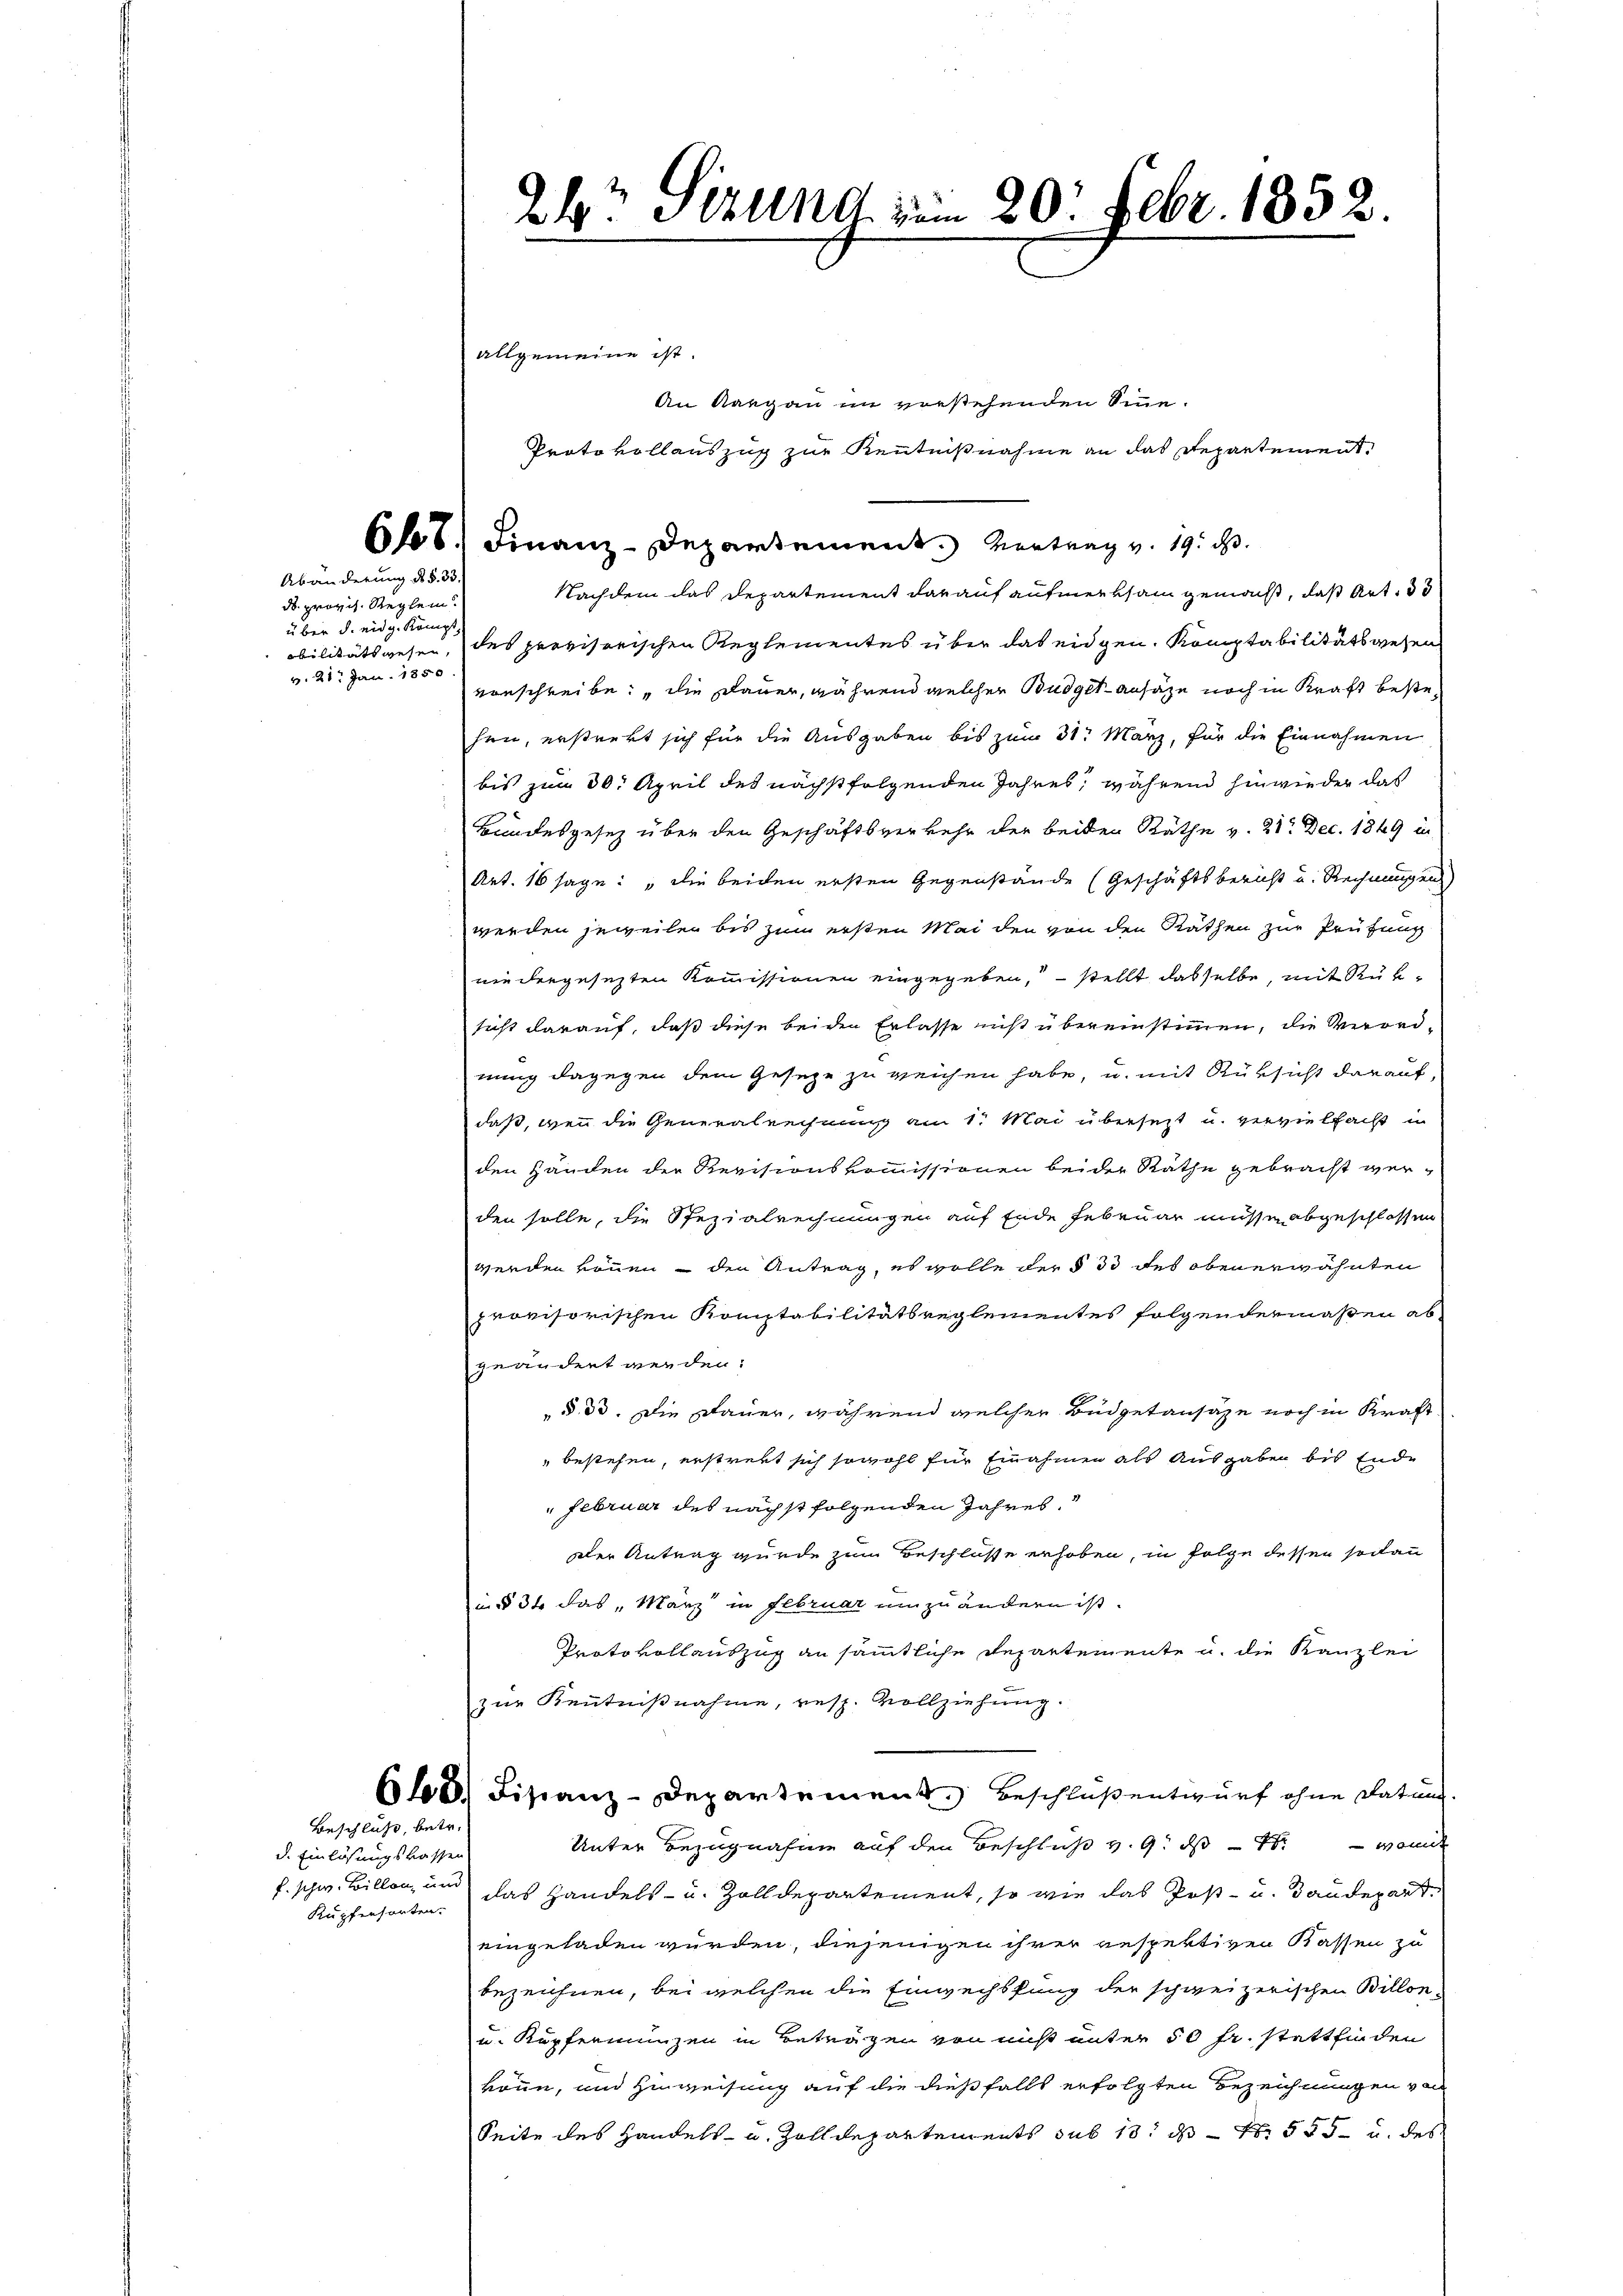
Dr. provis. Reglem
über d. eidg. Königl.
v. 21. Jan. 1850.

Abänderung des §. 33.

Beschluß, betr.

d. Einlösungskassen
f. schw. Billon, und
Kupfersanten.

2? Sizung vom 20. Febr. 1832.

allgemeine ist.
66.) Finanz-Departement. Vertrag v. 19. d.
Nachdem das Departement darauf aufmerksam gemacht, daß Art. 33
obilitätswesen, des provisorischen Reglementes über das eidgen. Komptabilitätswesen
vorschreibe; die Dauer, während welcher Budgetansaze noch in Kraft bestehen, erstrekt sich für die Ausgaben bis zum 31. März, für die Einnahmen
bis zum 30. April des nächstfolgenden Jahres, während hinwieder das
Bundesgesez über den Geschäftsverkehr der beiden Räthe v. 21. Dec. 1849 in
Art. 16 sage: „die beiden ersten Gegenstände (Geschäftsbericht u. Rechnungen)
werden jeweilen bis zum ersten Mai den von den Räthen zur Prüfung
niedergesezten Kommissionen eingegeben, – stellt dasselbe, mit Rüksicht darauf, daß diese beiden Erlasse nicht übereinstimmen, die Verordnung dagegen dem Geseze zu reichen habe, u. mit Rüksicht darauf
daß, wenn die Generalrechnung am 1. Mai übersetzt u. vervielfach in
den Händen der Revisionskommissionen beider Räthe gebracht werden solle, die Spezialrechnungen auf Ende Februar müssen abgeschlossen
werden können – den Antrag, es wolle der § 33 des obenerwähnten
provisorischen Komptabilitätsreglementes folgendermaßen ab
geändert werden.
§ 33. Die Dauer, während welcher Budgetansaze noch in Kraft
" bestehen, erstrebt sich sowohl für Einahmen als Ausgaben bis Ende
"Februar des nächst folgenden Jahres
Der Antrag wurde zum Beschlosse erhoben, in folge dessen sodann
in § 34 das „März in Februar umzuändern ist.
Protokollauszug an sämmtliche Departemente u. die Kanzlei
zur Kenntnißnahme, resp. Vollziehung.
68) Fiscanz-Departement. Beschluß entwurf ohne Datums.
Unter Bezugnahme auf den Beschluß v. 9. ds. wenn
das Handels- u. Zolldepartement, so wie das Post- u. Baudepart
eingeladen würden, diejenigen ihrer gespektigen Kassen zu
bezeichnen, bei welchen die Einwechslung der schweizerischen Billon
u. Kupfermünzen in Beträgen von nicht unter 50 fr. stattfinden
könne, und Hinweisung auf die dießfalls erfolgten Bezeichnungen von
Seite des Handels- u. Zolldepartements sub 13. ds Nr. 555 u. des

An Aargau im vorstehenden Sinne.
Protokollauszug zur Kenntnißnahme an das Departement.